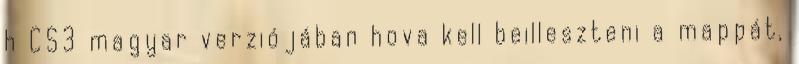
h CS3 magyar verziójában hova kell beilleszteni a mappát,